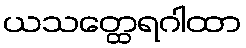
ယသတ္ထေရဂါထာ